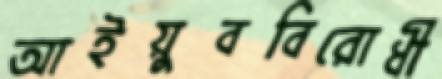
আইয়ুববিরোধী